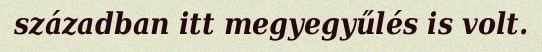
században itt megyegyűlés is volt.